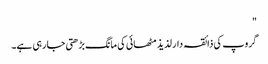
"
گروپ کی ذائقہ دار لذیذ مٹھائی کی مانگ بڑھتی جا رہی ہے۔